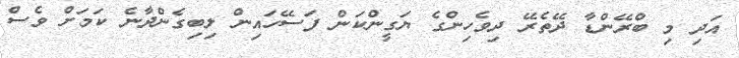
އަދި މި ބްރޭންޑާ ދޭތެރޭ ދިވެހިންގެ ޔަގީންކަން ފަސޭހައިން ލިބިގެންދާނެ ކަމަށް ވެސް